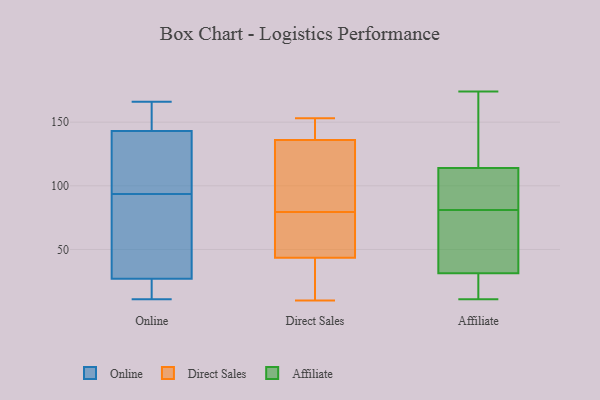
{"axis": {"x": "Backlog", "y": "Value"}, "legend": ["Affiliate", "Direct Sales", "Online"], "data": [{"x": "", "y": 49, "type": "Online"}, {"x": "", "y": 31, "type": "Online"}, {"x": "", "y": 155, "type": "Online"}, {"x": "", "y": 127, "type": "Online"}, {"x": "", "y": 145, "type": "Online"}, {"x": "", "y": 17, "type": "Online"}, {"x": "", "y": 67, "type": "Online"}, {"x": "", "y": 27, "type": "Online"}, {"x": "", "y": 129, "type": "Online"}, {"x": "", "y": 166, "type": "Online"}, {"x": "", "y": 11, "type": "Online"}, {"x": "", "y": 143, "type": "Online"}, {"x": "", "y": 120, "type": "Online"}, {"x": "", "y": 13, "type": "Online"}, {"x": "", "y": 73, "type": "Direct Sales"}, {"x": "", "y": 78, "type": "Direct Sales"}, {"x": "", "y": 79, "type": "Direct Sales"}, {"x": "", "y": 121, "type": "Direct Sales"}, {"x": "", "y": 33, "type": "Direct Sales"}, {"x": "", "y": 151, "type": "Direct Sales"}, {"x": "", "y": 136, "type": "Direct Sales"}, {"x": "", "y": 148, "type": "Direct Sales"}, {"x": "", "y": 136, "type": "Direct Sales"}, {"x": "", "y": 51, "type": "Direct Sales"}, {"x": "", "y": 102, "type": "Direct Sales"}, {"x": "", "y": 45, "type": "Direct Sales"}, {"x": "", "y": 153, "type": "Direct Sales"}, {"x": "", "y": 10, "type": "Direct Sales"}, {"x": "", "y": 42, "type": "Direct Sales"}, {"x": "", "y": 80, "type": "Direct Sales"}, {"x": "", "y": 40, "type": "Direct Sales"}, {"x": "", "y": 98, "type": "Direct Sales"}, {"x": "", "y": 136, "type": "Direct Sales"}, {"x": "", "y": 30, "type": "Direct Sales"}, {"x": "", "y": 147, "type": "Affiliate"}, {"x": "", "y": 128, "type": "Affiliate"}, {"x": "", "y": 29, "type": "Affiliate"}, {"x": "", "y": 42, "type": "Affiliate"}, {"x": "", "y": 46, "type": "Affiliate"}, {"x": "", "y": 174, "type": "Affiliate"}, {"x": "", "y": 85, "type": "Affiliate"}, {"x": "", "y": 92, "type": "Affiliate"}, {"x": "", "y": 20, "type": "Affiliate"}, {"x": "", "y": 32, "type": "Affiliate"}, {"x": "", "y": 103, "type": "Affiliate"}, {"x": "", "y": 81, "type": "Affiliate"}, {"x": "", "y": 123, "type": "Affiliate"}, {"x": "", "y": 62, "type": "Affiliate"}, {"x": "", "y": 22, "type": "Affiliate"}, {"x": "", "y": 11, "type": "Affiliate"}, {"x": "", "y": 111, "type": "Affiliate"}]}